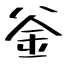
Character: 釡